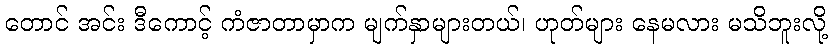
တောင် အင်း ဒီကောင့် ကံဇာတာမှာက မျက်နှာများတယ်၊ ဟုတ်များ နေမလား မသိဘူးလို့